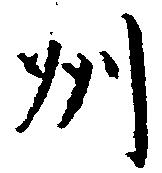
州